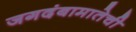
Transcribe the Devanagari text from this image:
जगदंबामातेची